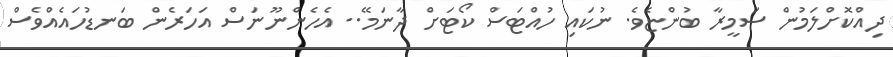
ދިއްކޮށްލަމުން ސަމީރާ ބުންޏެވެ. ނުކައި ހުއްޓަސް ކޯޓަށް ދާނަމޭ.. އެހެންނޫނަސް އަހަރެން ބަނޑުހައެއްވެސް